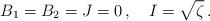
LaTeX: \begin{align*}B_1=B_2=J=0\,,\quad I=\sqrt{\zeta}\,.\end{align*}